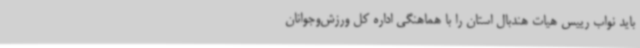
باید نواب رییس هیات هندبال استان را با هماهنگی اداره کل ورزش‌وجوانان